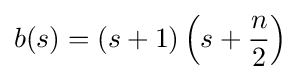
b(s)=(s+1)\left(s+{\frac {n}{2}}\right)